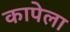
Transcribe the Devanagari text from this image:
कापेला